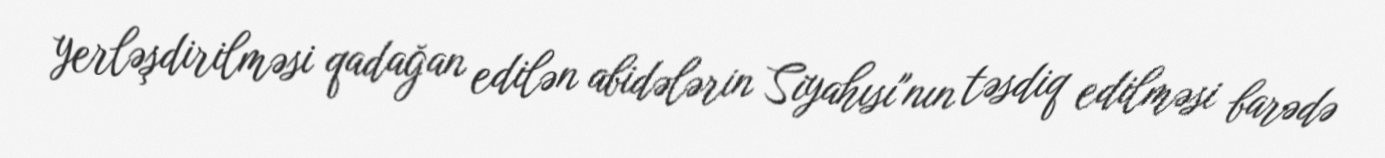
yerləşdirilməsi qadağan edilən abidələrin Siyahısı"nın təsdiq edilməsi barədə